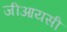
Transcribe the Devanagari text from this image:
जीआयसी